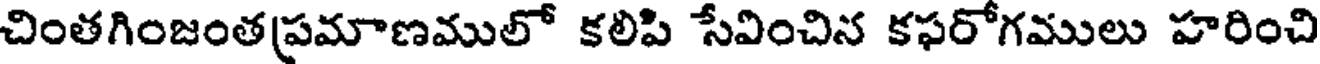
చింతగింజంతప్రమాణములో కలిపి సేవించిన కఫరోగములు హరించి